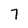
Character: 7